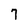
Character: 7